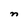
Character: n